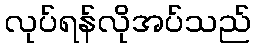
လုပ်ရန်လိုအပ်သည်